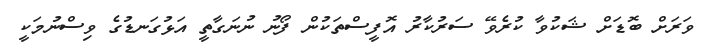
ވަރަށް ބޮޑަށް ޝަކުވާ ކުރެވޭ ސަރުކާރު އޮފީސްތަކުން ފޯނު ނުނަގާތީ އަޅުގަނޑުގެ ވިސްނުމަކީ